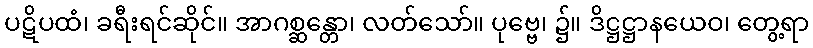
ပဋိပထံ၊ ခရီးရင်ဆိုင်။ အာဂစ္ဆန္တော၊ လတ်သော်။ ပုဗ္ဗေ၊ ၌။ ဒိဋ္ဌဋ္ဌာနယေဝ၊ တွေ့ရာ